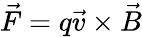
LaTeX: {\vec{F}}=q{\vec{v}}\times{\vec{B}}